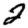
Digit: 2